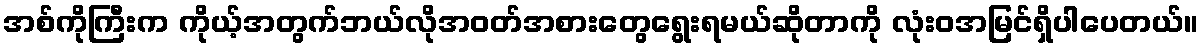
အစ်ကိုကြီးက ကိုယ့်အတွက်ဘယ်လိုအဝတ်အစားတွေရွေးရမယ်ဆိုတာကို လုံးဝအမြင်ရှိပါပေတယ်။